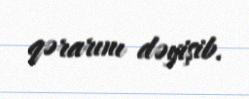
qərarını dəyişib.